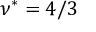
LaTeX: \nu ^ { * } = 4 / 3